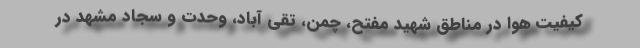
کیفیت هوا در مناطق شهید مفتح، چمن، تقی‌ آباد، وحدت و سجاد مشهد در